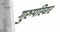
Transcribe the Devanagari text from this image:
गुरुपरिवार